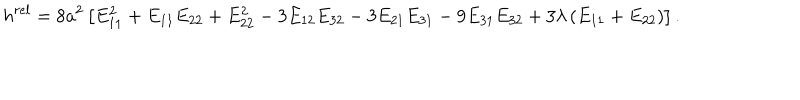
h ^ { r e l } = 8 a ^ { 2 } \left[ E _ { 1 1 } ^ { 2 } + E _ { 1 1 } E _ { 2 2 } + E _ { 2 2 } ^ { 2 } - 3 E _ { 1 2 } E _ { 3 2 } - 3 E _ { 2 1 } E _ { 3 1 } - 9 E _ { 3 1 } E _ { 3 2 } + 3 \lambda \left( E _ { 1 1 } + E _ { 2 2 } \right) \right] .